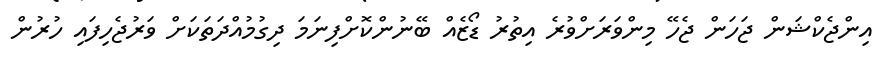
އިންޖެކްޝަން ޖަހަން ޖެހޭ މިންވަރަށްވުރެ އިތުރު ޑޯޒެއް ބޭނުންކޮށްފިނަމަ ދިގުމުއްދަތަކަށް ވަރުޖެހިފައި ހުރުން